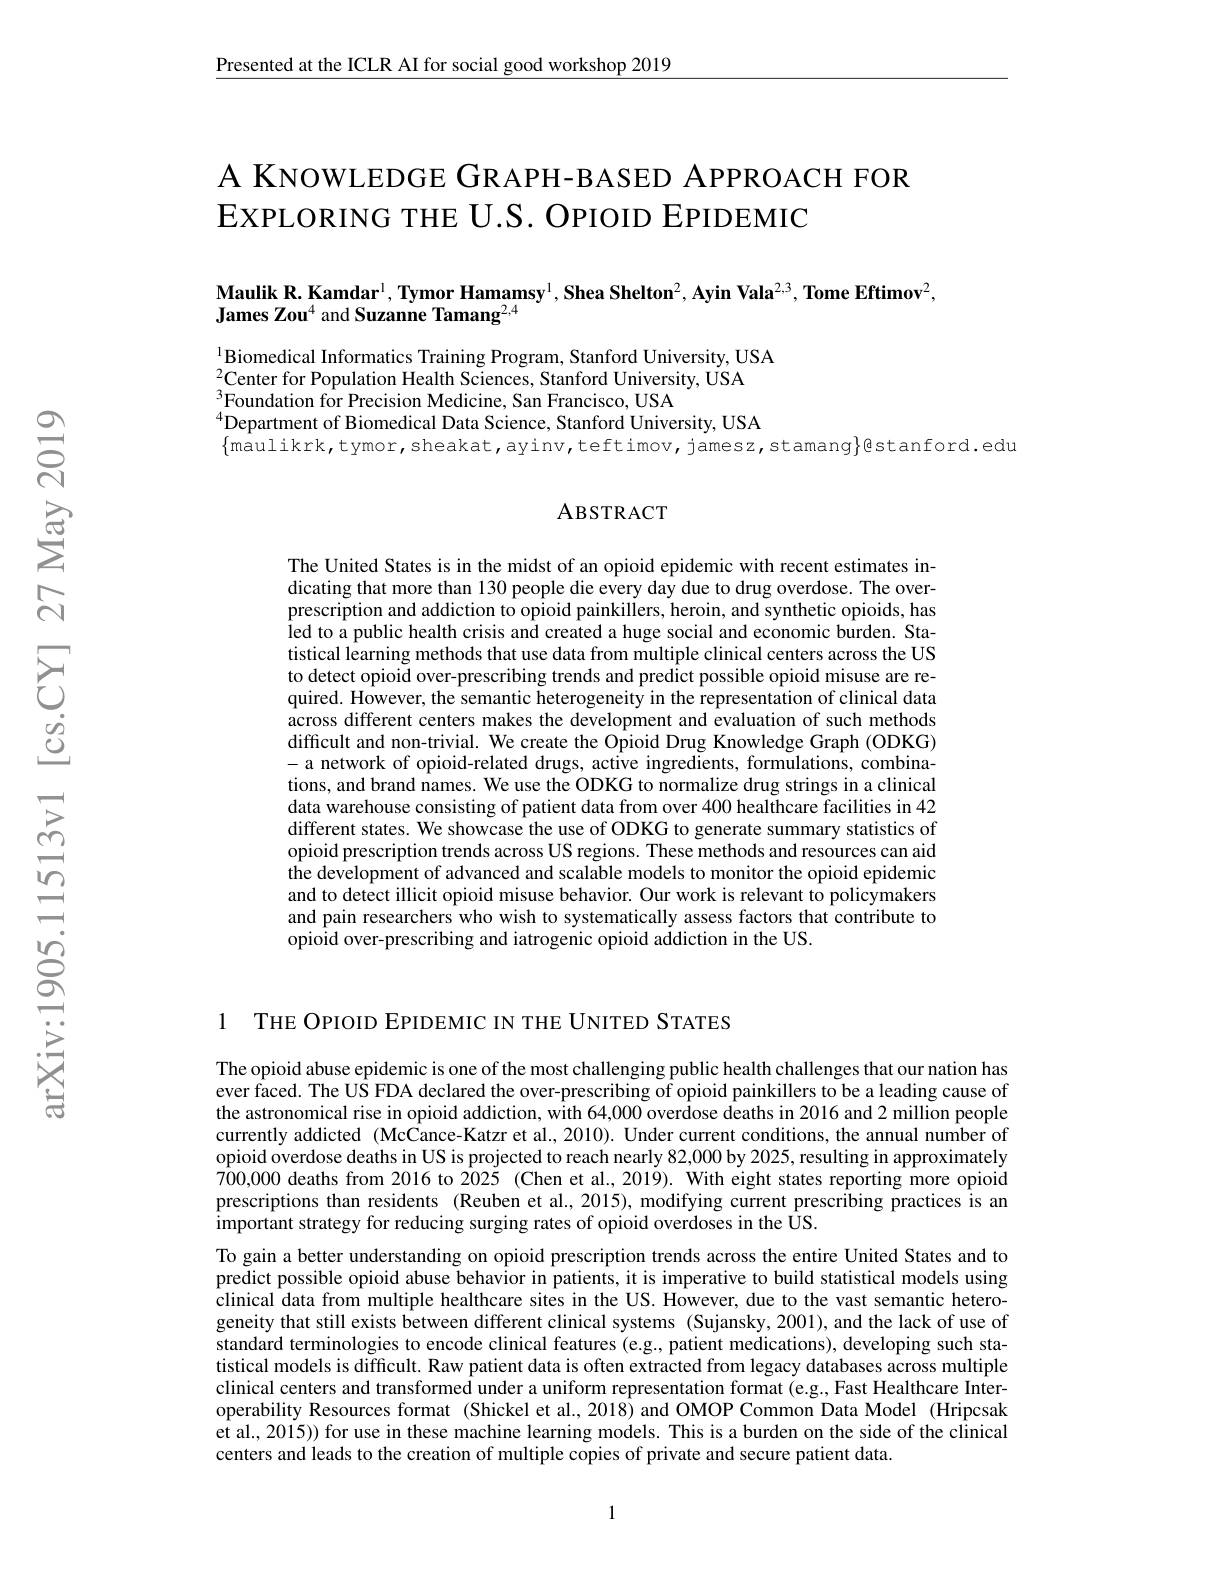
Presented at the ICLR AI for social good workshop 2019

A KNOWLEDGE GRAPH-BASED APPROACH FOR
EХРLORING THE U.S. OPIOID EPIDEMIC

$\textbf{Maulik R. Kamdar}^1,\textbf{Tymor Hamamsy}^1,\textbf{Shea Shelton}^2,\textbf{Ayin Vala}^{2,3},\textbf{Tome Eftimov}^2$,
James Zou$^4$ and Suzanne Tamang$^2,4$

$^{1}$Biomedical Informatics Training Program, Stanford University, USA
$^{2}$Center for Population Health Sciences, Stanford University, USA
$^{3}$Foundation for Precision Medicine, San Francisco, USA
$^{4}$Department of Biomedical Data Science, Stanford University, USA
$\{$maulikrk,tymor,sheakat,ayinv,teftimov,jamesz,stamang$\}$gstanford.edu

### ABSTRACT

The United States is in the midst of an opioid epidemic with recent estimates indicating that more than 130 people die every day due to drug overdose. The overprescription and addiction to opioid painkillers, heroin, and synthetic opioids, has led to a public health crisis and created a huge social and economic burden. Statistical learning methods that use data from multiple clinical centers across the US to detect opioid over-prescribing trends and predict possible opioid misuse are required. However, the semantic heterogeneity in the representation of clinical data across different centers makes the development and evaluation of such methods difficult and non-trivial. We create the Opioid Drug Knowledge Graph (ODKG) -a network of opioid-related drugs, active ingredients, formulations, combinations, and brand names. We use the ODKG to normalize drug strings in a clinical data warehouse consisting of patient data from over 400 healthcare facilities in 42 different states. We showcase the use of ODKG to generate summary statistics of opioid prescription trends across US regions. These methods and resources can aid the development of advanced and scalable models to monitor the opioid epidemic and to detect illicit opioid misuse behavior. Our work is relevant to policymakers and pain researchers who wish to systematically assess factors that contribute to opioid over-prescribing and iatrogenic opioid addiction in the US.

1 THE OPIOID EPIDEMIC IN THE UNITED STATES

The opioid abuse epidemic is one of the most challenging public health challenges that our nation has ever faced. The US FDA declared the over-prescribing of opioid painkillers to be a leading cause of the astronomical rise in opioid addiction, with 64,000 overdose deaths in 2016 and 2 million people currently addicted (McCance-Katzr et al., 2010). Under current conditions, the annual number of opioid overdose deaths in US is projected to reach nearly 82,000 by 2025, resulting in approximately 700,0000 deaths from 2016 to 2025 (Chen et al., 2019). With eight states reporting more opioid prescriptions than residents (Reuben et al.,2015),modifying current prescribing practices is an $\hat{\text{important strategy for reducing surging rates of opioid overdoses in the ÛS.}}$
To gain a better understanding on opioid prescription trends across the entire United States and to predict possible opioid abuse behavior in patients, it is imperative to build statistical models using clinical data from multiple healthcare sites in the US. However, due to the vast semantic heterogeneity that still exists between different clinical systems (Sujansky, 2001), and the lack of use of standard terminologies to encode clinical features (e.g., patient medications), developing such statistical models is difficult. Raw patient data is often extracted from legacy databases across multiple clinical centers and transformed under a uniform representation format (e.g., Fast Healthcare Interoperability Resources format (Shickel et al., 2018) and OMOP Common Data Model (Hripcsak et al., 2015)) for use in these machine learning models. This is a burden on the side of the clinical centers and leads to the creation of multiple copies of private and secure patient data.

1